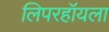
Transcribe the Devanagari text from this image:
लिपरहॉयला